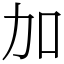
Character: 加